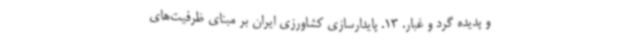
و پدیده گرد و غبار. 13. پایدارسازی کشاورزی ایران بر مبنای ظرفیت‌های